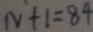
N + 1 = 8 4